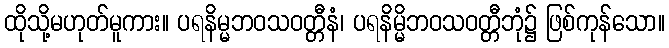
ထိုသို့မဟုတ်မူကား။ ပရနိမ္မဘဝသဝတ္တီနံ၊ ပရနိမ္မိဘဝသဝတ္တီဘုံ၌ ဖြစ်ကုန်သော။